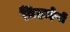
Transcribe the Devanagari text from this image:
तिहाईयों